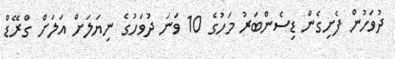
ދުވަހުން ފެށިގެން ޑިސެންބަރު މަހުގެ 10 ވަނަ ދުވަހުގެ ނިޔަލަށް އަލަށް ގްރޭޑް